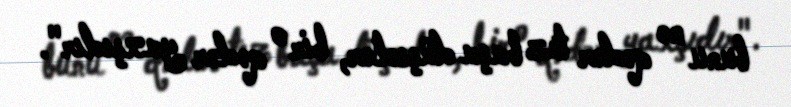
bunu nə qədər tez başa düşsələr, bir o qədər yaxşıdır".